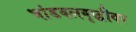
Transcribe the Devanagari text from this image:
भांडवलवृद्धीवर